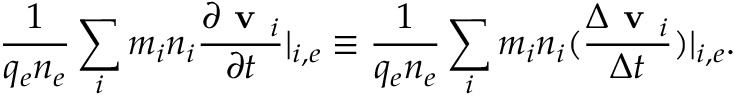
\frac { 1 } { q _ { e } n _ { e } } \sum _ { i } m _ { i } n _ { i } \frac { \partial \textbf { v } _ { i } } { \partial t } | _ { i , e } \equiv \frac { 1 } { q _ { e } n _ { e } } \sum _ { i } m _ { i } n _ { i } ( \frac { \Delta \textbf { v } _ { i } } { \Delta t } ) | _ { i , e } .